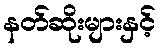
နတ်ဆိုးများနှင့်